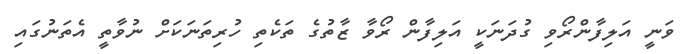
ވަނީ އަލިފާންރޯވި ގުދަނަކީ އަލިފާން ރޯވާ ޒާތުގެ ތަކެތި ހުރިތަނަކަށް ނުވާތީ އެތަނުގައި